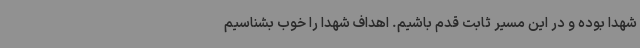
شهدا بوده و در این مسیر ثابت قدم باشیم. اهداف شهدا را خوب بشناسیم